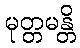
မုတ္တမန္တိ